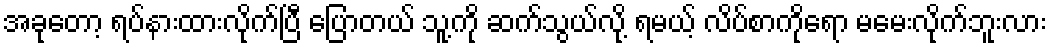
အခုတော့ ရပ်နားထားလိုက်ပြီ ပြောတယ် သူ့ကို ဆက်သွယ်လို့ ရမယ့် လိပ်စာကိုရော မမေးလိုက်ဘူးလား